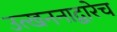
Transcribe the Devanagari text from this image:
उत्खननाद्वारेच